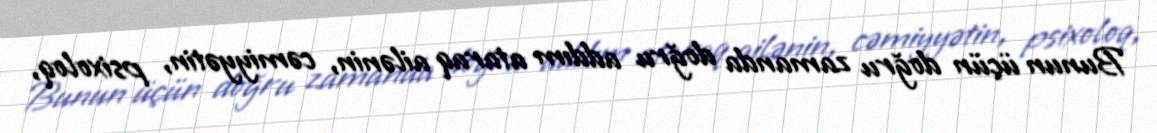
Bunun üçün doğru zamanda doğru addım ataraq ailənin, cəmiyyətin, psixoloq,